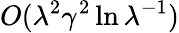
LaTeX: O(\lambda^{2}\gamma^{2}\ln\lambda^{-1})